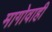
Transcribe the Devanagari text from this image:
मागोवाही